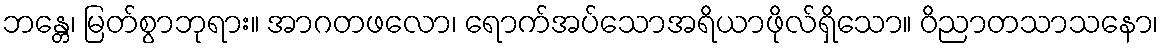
ဘန္တေ၊ မြတ်စွာဘုရား။ အာဂတဖလော၊ ရောက်အပ်သောအရိယာဖိုလ်ရှိသော။ ဝိညာတသာသနော၊